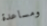
ومساعدة